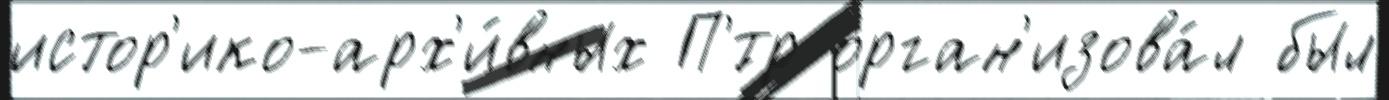
истор'ико-арх'и́вных П'́тр орган'изова́л был